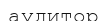
аудитор